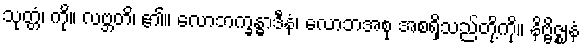
သုတ္တံ၊ ကို။ လဗ္ဘတိ၊ ၏။ လောဘက္ခန္ဓာဒီနံ၊ လောဘအစု အစရှိသည်တို့ကို။ နိဗ္ဗိဇ္ဈနံ